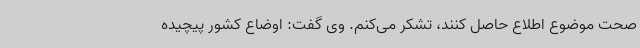
صحت موضوع اطلاع حاصل کنند، تشکر می‌کنم. وی گفت: اوضاع کشور پیچیده